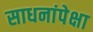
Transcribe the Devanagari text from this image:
साधनांपेक्षा